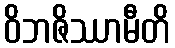
ဝိဘဇိဿာမီတိ